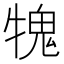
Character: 𤛂